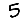
Digit: 5